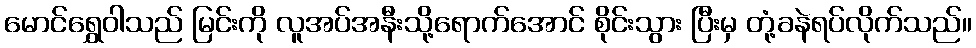
မောင်ရွှေဝါသည် မြင်းကို လူအပ်အနီးသို့ရောက်အောင် စိုင်းသွား ပြီးမှ တုံ့ခနဲရပ်လိုက်သည်။